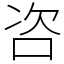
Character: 咨